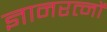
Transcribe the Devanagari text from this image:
ज्ञानरत्नों